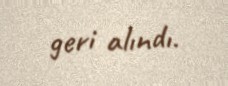
geri alındı.